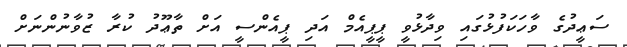
ސަޢީދުގެ ވާހަކަފުޅުގައި ވިދާޅުވީ ޕީޕީއެމް އަދި ޕީއެންސީ އަށް ތާޢޫދު ކުރާ ޒުވާނުންނަށް